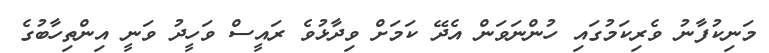
މަނިކުފާނު ވެރިކަމުގައި ހުންނަވަން އެދޭ ކަމަށް ވިދާޅުވެ ރައީސް ވަހީދު ވަނީ އިންތިހާބުގެ